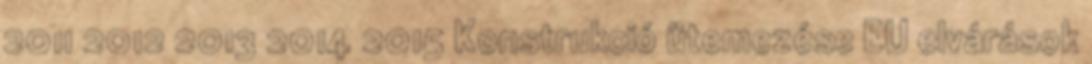
2011 2012 2013 2014 2015 Konstrukció ütemezése EU elvárások